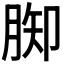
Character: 𦛪